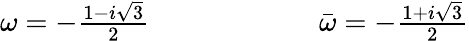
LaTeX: \begin{array}{r}{\omega=-\frac{1-i\sqrt{3}}{2}\qquad\qquad\qquad\bar{\omega}=-\frac{1+i\sqrt{3}}{2}}\end{array}